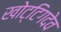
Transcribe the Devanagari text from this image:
खोट्टिगदेव